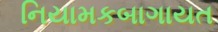
નિયામકબાગાયત